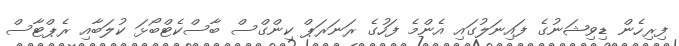
ފިރިހެން ޑިވިޝަނުގެ ފައިނަލުގައި އެންމެ ފަހުގެ ރަނަރަޕް ކިންގްސް ބާސްކެޓްބޯޅަ ކުލަބާއި ރެޕްޓާސް